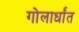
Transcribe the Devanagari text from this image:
गोलार्धांत